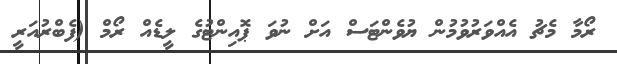
ރޯމާ މެޗު އެއްވަރުވުމުން ޔުވެންޓަސް އަށް ނުވަ ޕޮއިންޓުގެ ލީޑެއް ރޯމް (ފެބްރުއަރީ